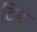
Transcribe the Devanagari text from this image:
टिम्